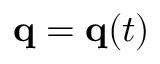
\mathbf { q } = \mathbf { q } ( t )